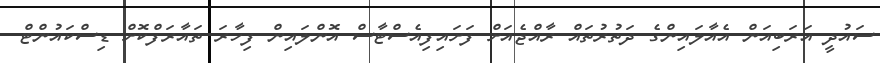
ސައުދީ އަރަބިއަން އެއާލައިންގެ ދަތުރުތައް ރާއްޖެއަށް ފަށައިފިއެސްޓާސް އޮންލައިން ފިހާރަ ތައާރަފްކޮށް ޑިސްކައުންޓް